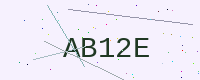
Text: AB12E